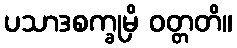
ပသာဒစက္ခုမှိ ဝတ္တတိ။